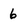
Character: 6